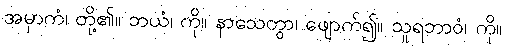
အမှာကံ၊ တို့၏။ ဘယံ၊ ကို။ နာသေတွာ၊ ဖျောက်၍။ သူရဘာဝံ၊ ကို။